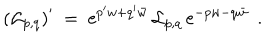
LaTeX: \left( { \cal L } _ { p , q } \right) ^ { \prime } \ = \ \mathrm { e } ^ { p ^ { \prime } w + q ^ { \prime } \bar { w } } \, { \cal L } _ { p , q } \, \mathrm { e } ^ { - p w - q \bar { w } } \ \ .